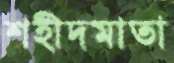
শহীদমাতা